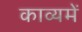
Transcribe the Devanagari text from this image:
काव्यमें